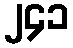
၂၄၁